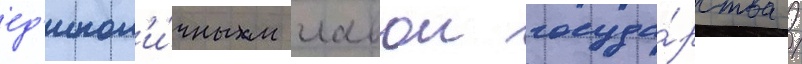
ед'инол'и́чным главои госуда́рства /